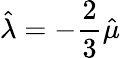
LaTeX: \hat{\lambda}=-\frac{2}{3}\hat{\mu}